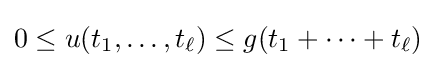
0\leq u(t_{1},\ldots ,t_{\ell })\leq g(t_{1}+\cdots +t_{\ell })